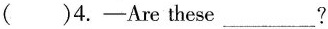
( )4.-Are these\underline?